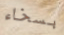
بسخاء